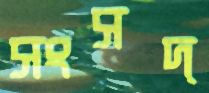
সংসদ্‌